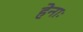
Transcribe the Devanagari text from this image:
हेनाः